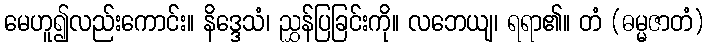
မေဟူ၍လည်းကောင်း။ နိဒ္ဒေသံ၊ ညွှန်ပြခြင်းကို။ လဘေယျ၊ ရရာ၏။ တံ (ဓမ္မဇာတံ)